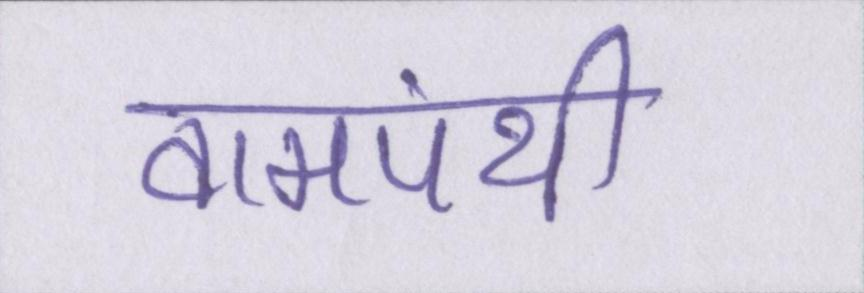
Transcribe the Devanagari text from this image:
वामपंथी